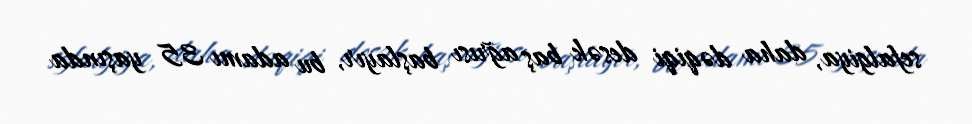
sefalgiya, daha dəqiqi desək baş ağrısı başlayır, bu adamı 35 yaşında